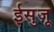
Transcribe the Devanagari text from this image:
ईसुज़ू